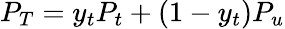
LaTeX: P_{T}=y_{t}P_{t}+(1-y_{t})P_{u}